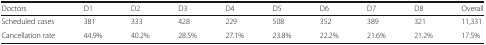
| Doctors | D1 | D2 | D3 | D4 | D5 | D6 | D7 | D8 | Overall |
 | --- | --- | --- | --- | --- | --- | --- | --- | --- | --- |
 | Scheduled cases | 381 | 333 | 428 | 229 | 508 | 352 | 389 | 321 | 11,331 |
 | Cancellation rate | 44.9% | 40.2% | 28.5% | 27.1% | 23.8% | 22.2% | 21.6% | 21.2% | 17.5% |